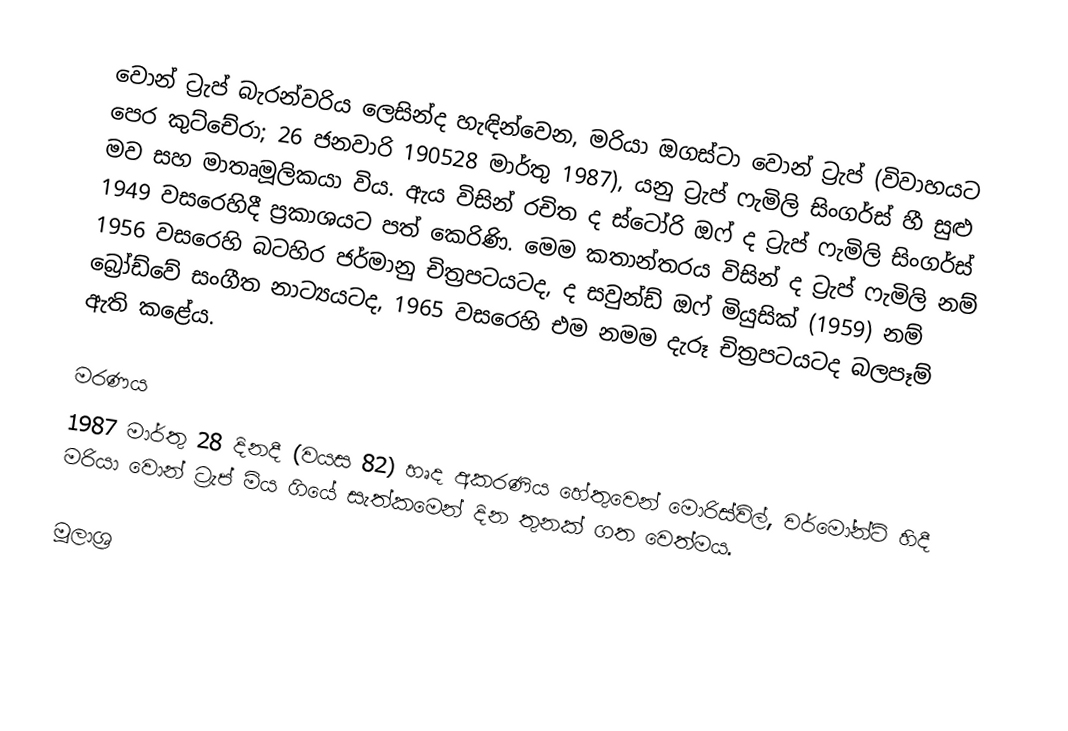
වොන් ට්‍රැප් බැරන්වරිය ලෙසින්ද හැඳින්වෙන,  මරියා ඔගස්ටා වොන් ට්‍රැප් (විවාහයට පෙර කුට්චේරා; 26 ජනවාරි 190528 මාර්තු 1987), යනු ට්‍රැප් ෆැමිලි සිංගර්ස් හී සුළු මව සහ මාතෘමූලිකයා විය.  ඇය විසින් රචිත ද ස්ටෝරි ඔෆ් ද ට්‍රැප් ෆැමිලි සිංගර්ස් 1949 වසරෙහිදී ප්‍රකාශයට පත් කෙරිණි. මෙම කතාන්තරය විසින් ද ට්‍රැප් ෆැමිලි නම් 1956 වසරෙහි බටහිර ජර්මානු චිත්‍රපටයටද, ද සවුන්ඩ් ඔෆ් මියුසික් (1959) නම් බ්‍රෝඩ්වේ සංගීත නාට්‍යයටද, 1965 වසරෙහි එම නමම දැරූ චිත්‍රපටයටද බලපෑම් ඇති කළේය.

මරණය
1987 මාර්තු 28 දිනදී (වයස 82) හෘද අකරණිය හේතුවෙන් මොරිස්විල්, වර්මෝන්ට් හිදී මරියා වොන් ට්‍රැප් මිය ගියේ සැත්කමෙන් දින තුනක් ගත වෙත්මය.

මූලාශ්‍ර